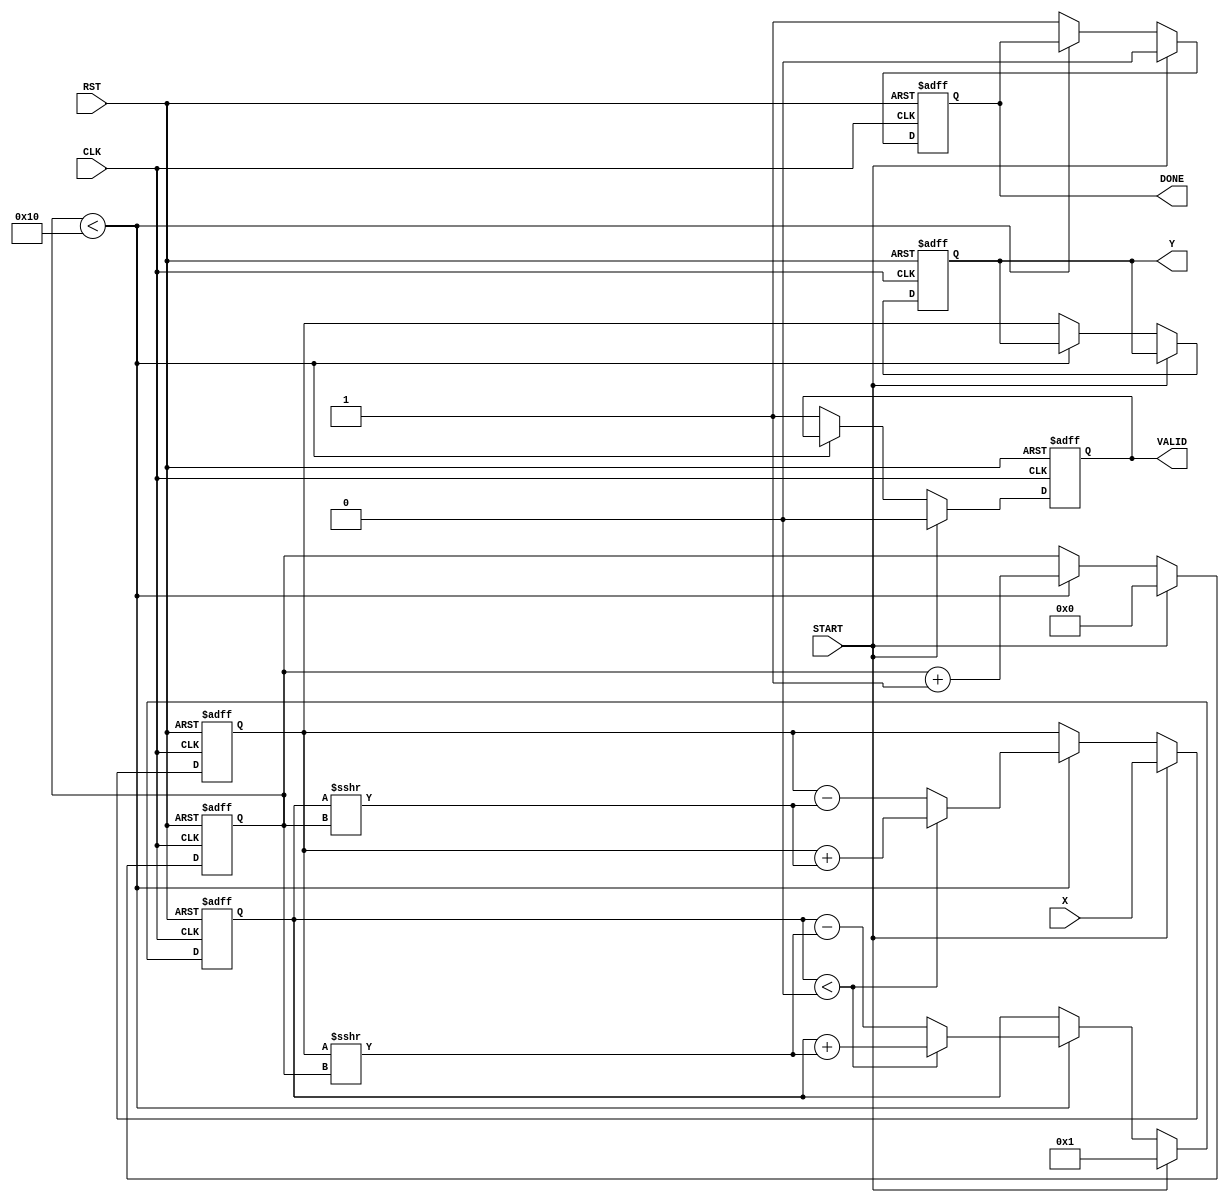
module cordic_reciprocal (
    input wire [15:0] X,      // Input value (fixed-point representation)
    input wire START,         // Control signal to start computation
    input wire CLK,           // Clock signal
    input wire RST,           // Asynchronous reset
    output reg [15:0] Y,      // Reciprocal value (fixed-point result)
    output reg VALID,         // Signal indicating valid output
    output reg DONE           // Signal indicating computation is done
);

    // Parameters
    parameter NUM_ITERATIONS = 16; // Number of CORDIC iterations
    parameter ANGLE_TABLE_SIZE = 16;
    reg [15:0] angle_table [0:ANGLE_TABLE_SIZE-1]; // Angle lookup table
    initial begin
        // Initialize angle lookup table (arctan(2^-i) values)
        angle_table[0] = 16'h2000; // atan(1) = pi/4 in fixed-point
        angle_table[1] = 16'h1000; // atan(1/2)
        angle_table[2] = 16'h0800; // atan(1/4)
        angle_table[3] = 16'h0400; // atan(1/8)
        angle_table[4] = 16'h0200; // atan(1/16)
        angle_table[5] = 16'h0100; // atan(1/32)
        angle_table[6] = 16'h0080; // atan(1/64)
        angle_table[7] = 16'h0040; // atan(1/128)
        angle_table[8] = 16'h0020; // atan(1/256)
        angle_table[9] = 16'h0010; // atan(1/512)
        angle_table[10] = 16'h0008; // atan(1/1024)
        angle_table[11] = 16'h0004; // atan(1/2048)
        angle_table[12] = 16'h0002; // atan(1/4096)
        angle_table[13] = 16'h0001; // atan(1/8192)
        angle_table[14] = 16'h0000; // atan(1/16384)
        angle_table[15] = 16'h0000; // atan(1/32768)
    end

    // Internal registers
    reg [15:0] z;               // Accumulated angle
    reg [15:0] x_curr;          // Current x value
    reg [15:0] y_curr;          // Current y value
    reg [3:0] iteration;        // Iteration counter

    // State machine
    always @(posedge CLK or posedge RST) begin
        if (RST) begin
            Y <= 16'h0000;
            VALID <= 1'b0;
            DONE <= 1'b0;
            iteration <= 4'b0000;
            x_curr <= 16'h0000;
            y_curr <= 16'h0000;
            z <= 16'h0000;
        end else begin
            if (START) begin
                // Initialize variables
                x_curr <= X;
                y_curr <= 16'h0001; // Start with y = 1 for reciprocal calculation
                z <= 16'h0000; // Start angle
                iteration <= 4'b0000;
                VALID <= 1'b0;
                DONE <= 1'b0;
            end else if (iteration < NUM_ITERATIONS) begin
                // Perform CORDIC iterations
                if (y_curr < 0) begin
                    // Rotate positively
                    x_curr <= x_curr + (y_curr >>> iteration);
                    y_curr <= y_curr + (x_curr >>> iteration);
                    z <= z - angle_table[iteration];
                end else begin
                    // Rotate negatively
                    x_curr <= x_curr - (y_curr >>> iteration);
                    y_curr <= y_curr - (x_curr >>> iteration);
                    z <= z + angle_table[iteration];
                end
                iteration <= iteration + 1;
            end else begin
                // Finalize
                Y <= x_curr; // The reciprocal is in x_curr
                VALID <= 1'b1;
                DONE <= 1'b1;
            end
        end
    end

endmodule